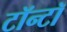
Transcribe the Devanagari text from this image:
टॉन्टॉ